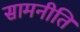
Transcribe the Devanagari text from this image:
सामनीति